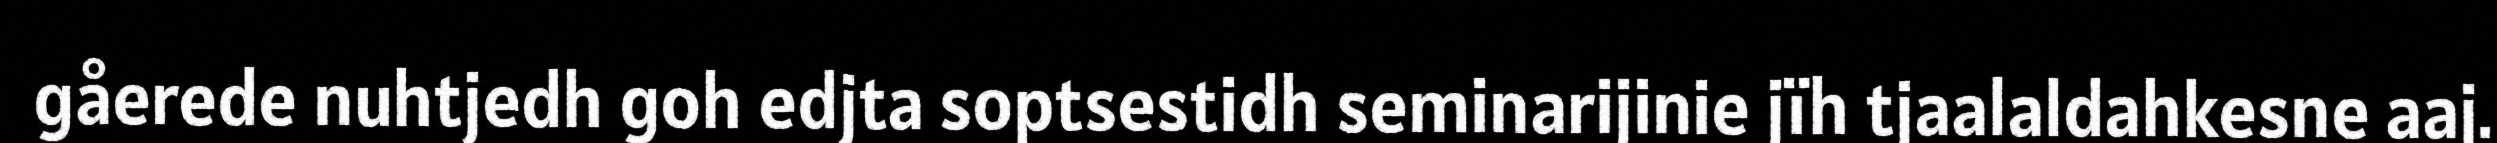
gåerede nuhtjedh goh edjta soptsestidh seminarijinie jïh tjaalaldahkesne aaj.